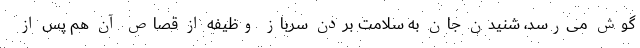
گوش می‌رسد، شنیدن جان به سلامت بردن سرباز وظیفه از قصاص آن هم پس از